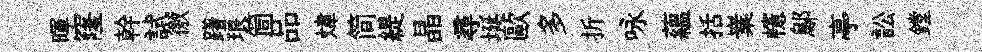
暉窿幹試徼躇琅筒品煒简緹晶尋埏歐多折咏蘊括嶪幰鄔亭訟鏜